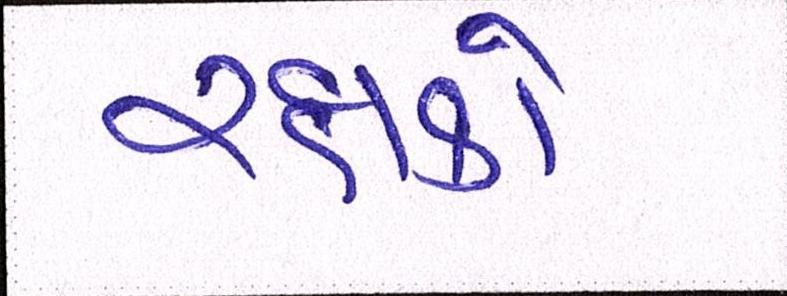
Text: રક્ષકો